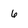
Character: 6